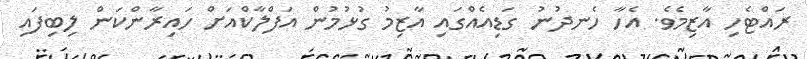
ރައްޓެހި އާޒިމެވެ. އެހާ ހެނދުނު ގަޑިއެއްގައި އާޒިމު ގުޅުމުން އަފްލާކްއަށް ހައިރާންކަން ލިބިފައި